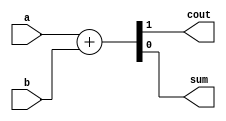
// +FHDR----------------------------------------------------------------------------
//                 Copyright (c) 2022 
//                       ALL RIGHTS RESERVED
// ---------------------------------------------------------------------------------
// ---------------------------------------------------------------------------------
// Description   : 
//              compressor home
//
// -FHDR----------------------------------------------------------------------------


module ha (
    input  a,
    input  b,
    output cout,
    output sum
);

`ifdef  ARITH_CELL
    ADDHX1 U0_ADDHX1(.A(a), .B(b), .CO(cout), .S(sum));
`elsif DEF_CELL
    XOR2X1 U0_XOR2X1(.A(a), .B(b), .Y(sum));
    AND2X1 U0_AND2X1(.A(a), .B(b), .Y(cout));
`else 
    assign {cout, sum} = a + b;
`endif

endmodule


module fa (
    input  a,
    input  b,
    input  cin,
    output cout,
    output sum
);

`ifdef ARITH_CELL
    ADDFX1 U0_ADDFX1(.A(a), .B(b), .CI(cin), .CO(cout), .S(sum));
`elsif DEF_CELL
    wire n1, n2, n3;
    XOR3X1 U0_XOR3X1(.A(a), .B(b), .C(cin), .Y(sum));
    XOR2X1 U0_XOR2X1(.A(a), .B(b), .Y(n1));
    AND2X1 U0_AND2X1(.A(n1), .B(cin), .Y(n2));
    AND2X1 U1_AND2X1(.A(a), .B(b), .Y(n3));
    OR2X1  U0_OR2X1 (.A(n2), .B(n3), .Y(cout));
`else
    assign {cout, sum} = a + b + cin;
`endif
    
endmodule



/*
*  42 compressor
*/
module com (
    input  a,
    input  b,
    input  c,
    input  d,
    input  cin,
    output cout,
    output carry,
    output sum
);

`ifdef ARITH_CELL
    CMPR42X1 U0_CMPR42(.A(a), .B(b), .C(c), .D(d), .ICI(cin), .ICO(cout), .CO(carry), .S(sum));
`elsif DEF_CELL
    wire n1, IS, n2;
    XOR2X1 U0_XOR2X1(.A(a), .B(b), .Y(n1));
    XOR2X1 U1_XOR2X1(.A(n1), .B(c), .Y(IS));
    XOR2X1 U2_XOR2X1(.A(IS), .B(d), .Y(n2));
    XOR2X1 U3_XOR2X1(.A(n2), .B(cin), .Y(sum));

    wire n3, n4, n5;
    AND2X1 U0_AND2X1(.A(a), .B(b), .Y(n3));
    AND2X1 U1_AND2X1(.A(a), .B(c), .Y(n4));
    AND2X1 U2_AND2X1(.A(b), .B(c), .Y(n5));
    OR3X1  U0_OR3X1 (.A(n3), .B(n4), .C(n5), .Y(cout));

    wire n6, n7, n8;
    AND2X1 U3_AND2X1(.A(IS), .B(d), .Y(n6));
    AND2X1 U4_AND2X1(.A(IS), .B(cin), .Y(n7));
    AND2X1 U5_AND2X1(.A(d), .B(cin), .Y(n8));
    OR3X1  U1_OR3X1 (.A(n6), .B(n7), .C(n8), .Y(carry));

`else
    wire sum_tmp;
    
    fa U_FA_0(
        .a                              ( a                             ),
        .b                              ( b                             ),
        .cin                            ( c                             ),
        .cout                           ( cout                          ),
        .sum                            ( sum_tmp                       )
    );
    
    fa U_FA_1(
        .a                              ( d                             ),
        .b                              ( sum_tmp                       ),
        .cin                            ( cin                           ),
        .cout                           ( carry                         ),
        .sum                            ( sum                           )
    );
`endif
    
endmodule